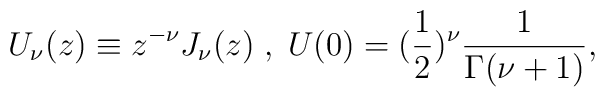
U_{\nu}(z)\equiv z^{-\nu} J_{\nu} (z)\;,\; U(0)=(\frac{1}{2})^{\nu}  \frac{1}{\Gamma(\nu+1)},